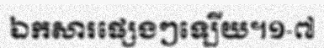
ឯកសារផ្សេងៗទ្បើយ។១-៧